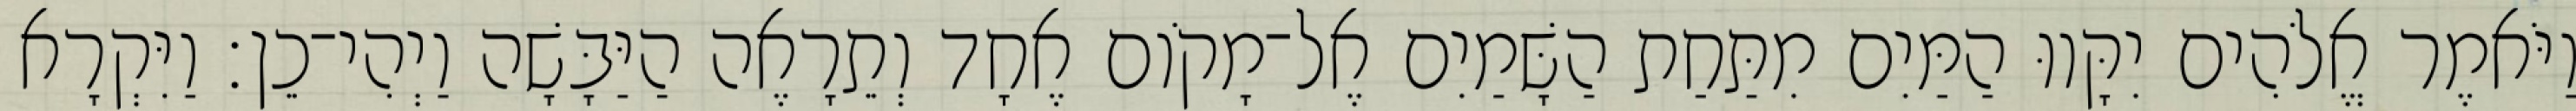
וַיֹּאמֶר אֱלֹהִים יִקָּווּ הַמַּיִם מִתַּחַת הַשָּׁמַיִם אֶל־מָקֹום אֶחָד וְתֵרָאֶה הַיַּבָּשָׁה וַיְהִי־כֵן׃ וַיִּקְרָא